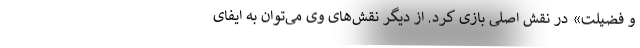
و فضیلت» در نقش اصلی بازی کرد. از دیگر نقش‌های وی می‌توان به ایفای